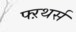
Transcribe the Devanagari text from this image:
फ्ऱथर्स